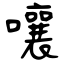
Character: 嚷